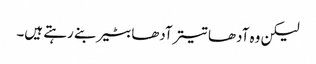
لیکن وہ آدھا تیتر آدھا بٹیر بنے رہتے ہیں۔